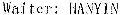
WAITER: HANYIN